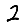
Digit: 2